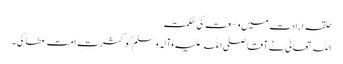
حلقہ ارادت میں وسعت کی حکمت
اللہ تعالیٰ نے آقا صلی اللہ علیہ وآلہ وسلم کو کثرتِ امت عطا کی۔